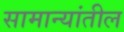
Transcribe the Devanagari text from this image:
सामान्यांतील